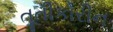
તૂતીકોરીન